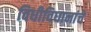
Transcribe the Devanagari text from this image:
विधीविधानांचे